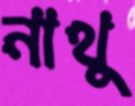
নাথু